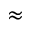
\approx